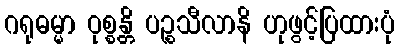
ဂရုဓမ္မာ ဝုစ္စန္တိ ပဉ္စသီလာနိ ဟုဖွင့်ပြထားပုံ